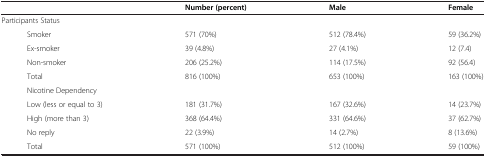
<table><thead><tr><td><b> </b></td><td><b>Number (percent)</b></td><td><b>Male</b></td><td><b>Female</b></td></tr></thead><tbody><tr><td>Participants Status</td><td> </td><td> </td><td> </td></tr><tr><td>Smoker</td><td>571 (70%)</td><td>512 (78.4%)</td><td>59 (36.2%)</td></tr><tr><td>Ex-smoker</td><td>39 (4.8%)</td><td>27 (4.1%)</td><td>12 (7.4)</td></tr><tr><td>Non-smoker</td><td>206 (25.2%)</td><td>114 (17.5%)</td><td>92 (56.4)</td></tr><tr><td>Total</td><td>816 (100%)</td><td>653 (100%)</td><td>163 (100%)</td></tr><tr><td>Nicotine Dependency</td><td> </td><td> </td><td> </td></tr><tr><td>Low (less or equal to 3)</td><td>181 (31.7%)</td><td>167 (32.6%)</td><td>14 (23.7%)</td></tr><tr><td>High (more than 3)</td><td>368 (64.4%)</td><td>331 (64.6%)</td><td>37 (62.7%)</td></tr><tr><td>No reply</td><td>22 (3.9%)</td><td>14 (2.7%)</td><td>8 (13.6%)</td></tr><tr><td>Total</td><td>571 (100%)</td><td>512 (100%)</td><td>59 (100%)</td></tr></tbody></table>